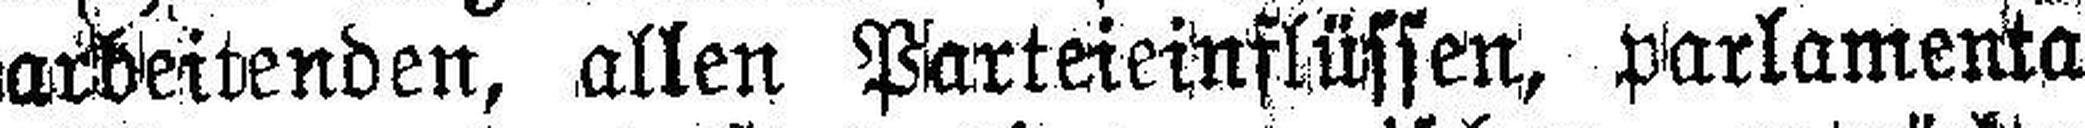
arbeitenden, allen Parteieinflüssen, parlamenta¬